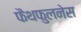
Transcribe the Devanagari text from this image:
फैथफुलनेस